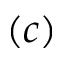
( c )